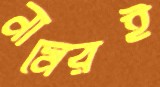
নামেরই